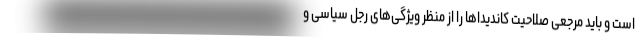
است و باید مرجعی صلاحیت کاندیداها را از منظر ویژگی‌های رجل سیاسی و